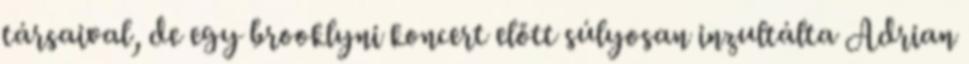
társaival, de egy brooklyni koncert előtt súlyosan inzultálta Adrian